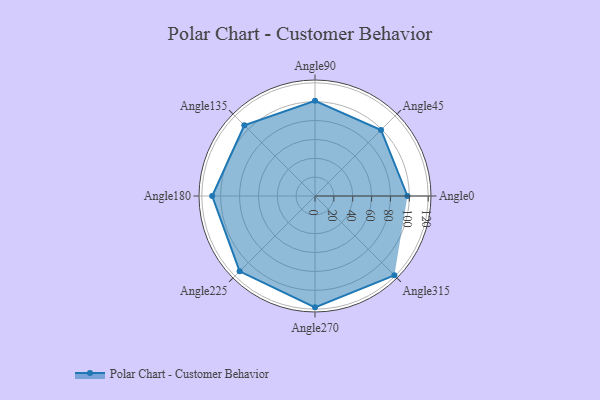
{"axis": {"x": "Angle", "y": "Radius"}, "legend": [""], "data": [{"x": "Angle0", "y": 98.0, "type": ""}, {"x": "Angle45", "y": 99.0, "type": ""}, {"x": "Angle90", "y": 101.0, "type": ""}, {"x": "Angle135", "y": 106.0, "type": ""}, {"x": "Angle180", "y": 109.0, "type": ""}, {"x": "Angle225", "y": 113.0, "type": ""}, {"x": "Angle270", "y": 118.0, "type": ""}, {"x": "Angle315", "y": 119.0, "type": ""}]}